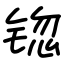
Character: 锪